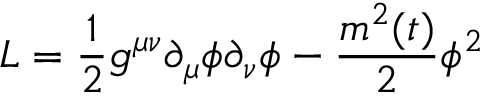
{ \cal L } = \frac { 1 } { 2 } g ^ { \mu \nu } \partial _ { \mu } \phi \partial _ { \nu } \phi - \frac { m ^ { 2 } ( t ) } { 2 } \phi ^ { 2 }